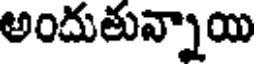
అందుతున్నాయి